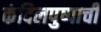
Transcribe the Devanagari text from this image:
कंदिलपुष्पाची